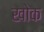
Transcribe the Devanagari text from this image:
खोक